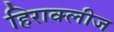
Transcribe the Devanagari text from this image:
हिराक्लीज